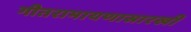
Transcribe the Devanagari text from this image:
गीतरामायणासारखी